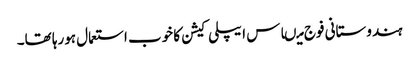
ہندوستانی فوج میںاس ایپلی کیشن کا خوب استعمال ہورہا تھا۔